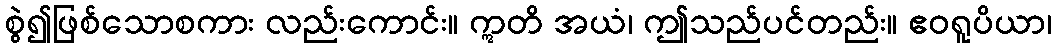
စွဲ၍ဖြစ်သောစကား လည်းကောင်း။ ဣတိ အယံ၊ ဤသည်ပင်တည်း။ ဧဝရူပိယာ၊